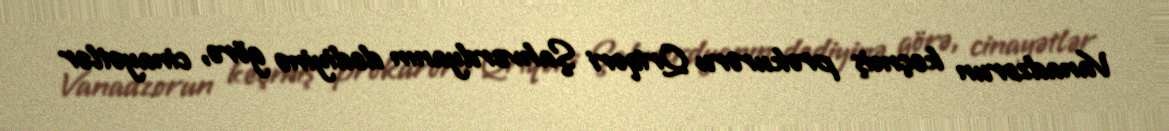
Vanadzorun keçmiş prokuroru Qriqori Şahverdyanın dediyinə görə, cinayətlər